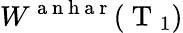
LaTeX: W^{\mathrm{~a~n~h~a~r~}}(\mathrm{~T~}_{1})